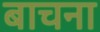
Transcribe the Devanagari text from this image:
बाचना